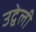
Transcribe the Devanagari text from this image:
उद्वेली